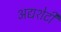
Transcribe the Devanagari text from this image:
अद्यशेटी